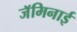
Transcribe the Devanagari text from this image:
जॅमिनाई